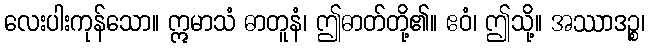
လေးပါးကုန်သော။ ဣမာသံ ဓာတူနံ၊ ဤဓာတ်တို့၏။ ဧဝံ၊ ဤသို့။ အဿာဒဉ္စ၊